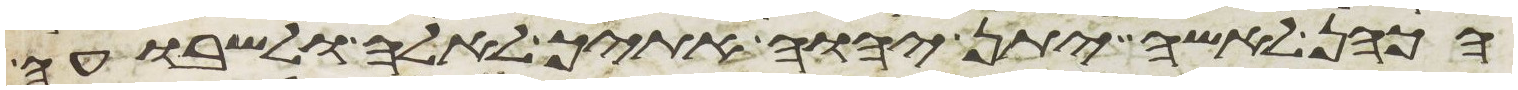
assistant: הכהן לאשה יתן יהוה אתיך לאלה ולשבועה